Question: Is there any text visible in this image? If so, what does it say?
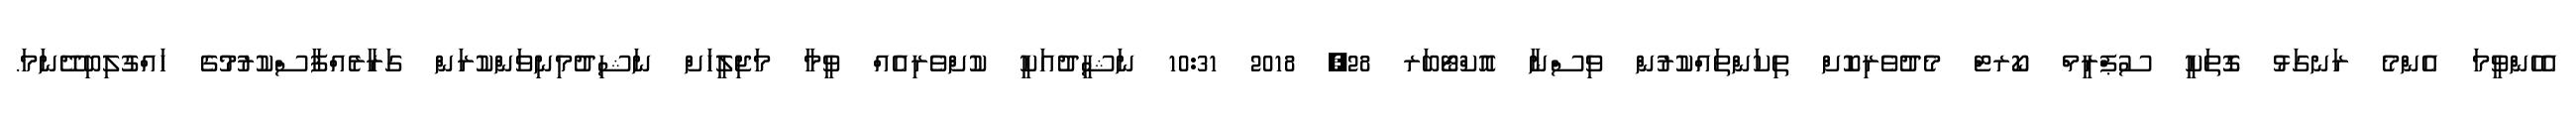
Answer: އެހެންވީމަ އެންމެ ރަނގަޅު ގޮތަކީ ސުޕްރީމް ކޯރޓް މެދުވެރިކޮށް ތިކަންތައްކުރުން ވިސްނާ އޮކްޓޯބަރ 28, 2018 10:31 ނަޝީދުއަކީ ކުށްވެރިއެއް ވީމާ މަޖިލީހަށް ނަޝިދުމިނިވަންކުރަން ގަރާރެއްފާސްކުރުމުގެ ހައްގުލިބިދޭނަމަ.